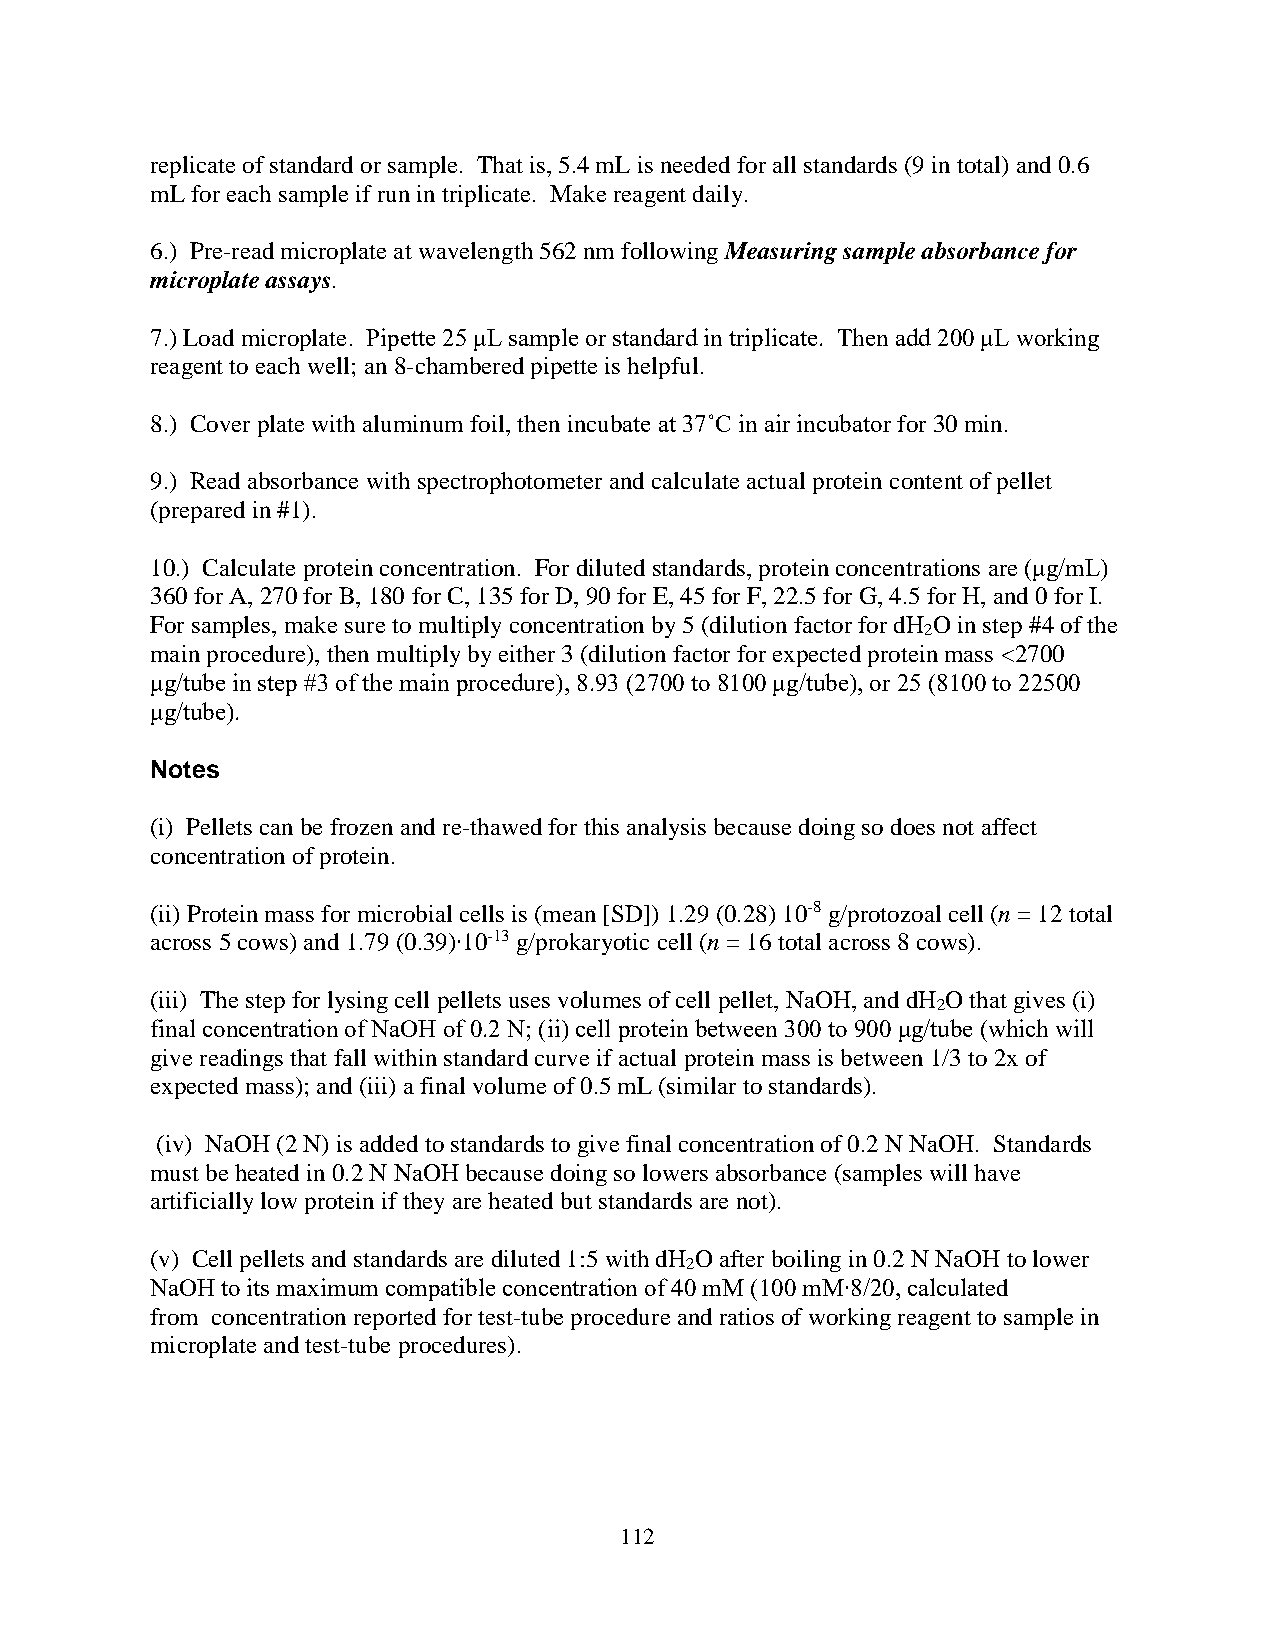
replicate of standard or sample. That is, 5.4 mL is needed for all standards (9 in total) and 0.6
 mL for each sample if run in triplicate. Make reagent daily.
 6.) Pre-read microplate at wavelength 562 nm following Measuring sample absorbance for
 microplate assays.
 7.) Load microplate. Pipette 25 μL sample or standard in triplicate. Then add 200 μL working
 reagent to each well; an 8-chambered pipette is helpful.
 8.) Cover plate with aluminum foil, then incubate at 37˚C in air incubator for 30 min.
 9.) Read absorbance with spectrophotometer and calculate actual protein content of pellet
 (prepared in #1).
 10.) Calculate protein concentration. For diluted standards, protein concentrations are (μg/mL)
 360 for A, 270 for B, 180 for C, 135 for D, 90 for E, 45 for F, 22.5 for G, 4.5 for H, and 0 for I.
 For samples, make sure to multiply concentration by 5 (dilution factor for dH O in step #4 of the
 2
 main procedure), then multiply by either 3 (dilution factor for expected protein mass <2700
 μg/tube in step #3 of the main procedure), 8.93 (2700 to 8100 μg/tube), or 25 (8100 to 22500
 μg/tube).
 Notes
 (i) Pellets can be frozen and re-thawed for this analysis because doing so does not affect
 concentration of protein.
 (ii) Protein mass for microbial cells is (mean [SD]) 1.29 (0.28) 10-8 g/protozoal cell (n = 12 total
 across 5 cows) and 1.79 (0.39)∙10-13 g/prokaryotic cell (n = 16 total across 8 cows).
 (iii) The step for lysing cell pellets uses volumes of cell pellet, NaOH, and dH O that gives (i)
 2
 final concentration of NaOH of 0.2 N; (ii) cell protein between 300 to 900 μg/tube (which will
 give readings that fall within standard curve if actual protein mass is between 1/3 to 2x of
 expected mass); and (iii) a final volume of 0.5 mL (similar to standards).
 (iv) NaOH (2 N) is added to standards to give final concentration of 0.2 N NaOH. Standards
 must be heated in 0.2 N NaOH because doing so lowers absorbance (samples will have
 artificially low protein if they are heated but standards are not).
 (v) Cell pellets and standards are diluted 1:5 with dH O after boiling in 0.2 N NaOH to lower
 2
 NaOH to its maximum compatible concentration of 40 mM (100 mM∙8/20, calculated
 from concentration reported for test-tube procedure and ratios of working reagent to sample in
 microplate and test-tube procedures).
 112